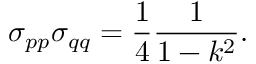
\sigma _ { p p } \sigma _ { q q } = \frac { 1 } { 4 } \frac { 1 } { 1 - k ^ { 2 } } .